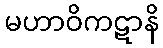
မဟာဝိကဋာနိ